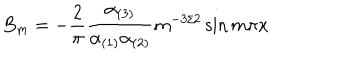
B _ { m } = - { \frac { 2 } { \pi } } { \frac { \alpha _ { ( 3 ) } } { \alpha _ { ( 1 ) } \alpha _ { ( 2 ) } } } m ^ { - 3 / 2 } \sin m \pi x